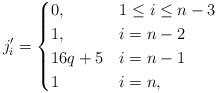
LaTeX: \begin{align*}j_i'=\begin{cases}0, & 1\leq i \leq n-3 \\1, & i=n-2 \\16q+5 & i=n-1 \\1 & i=n,\end{cases}\end{align*}